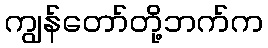
ကျွန်တော်တို့ဘက်က